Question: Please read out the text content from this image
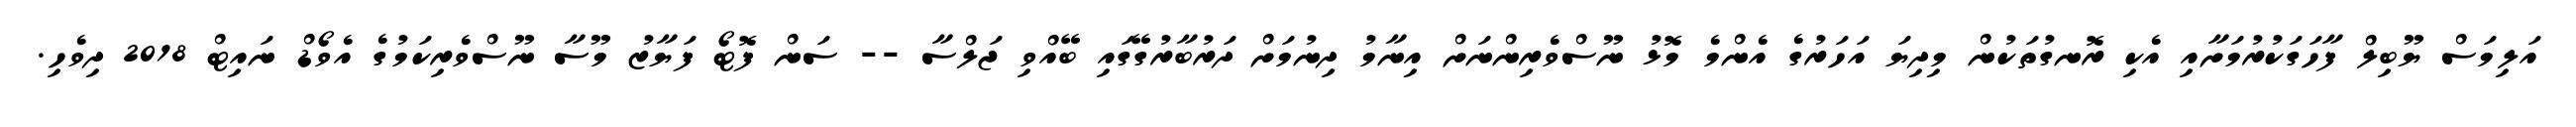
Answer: އަލިމަސް ޔޫބިލް ފާހަގަކުރުމަށާއި އެކި ރޮނގުތަކުން މިދިޔަ އަހަރުގެ އެންމެ މޮޅު ނޫސްވެރިންނަށް އިނާމު ދިނުމަށް ދަރުބާރުގޭގައި ބޭއްވި ޖަލްސާ -- ސަން ފޮޓޯ ފަޔާޒު މޫސާ ނޫސްވެރިކަމުގެ އެވޯޑް ނައިޓް 2018 ދިވެހި.